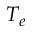
T _ { e }